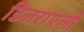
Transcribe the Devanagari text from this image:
डिजराएली